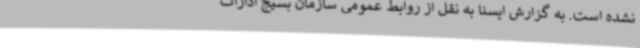
نشده است. به گزارش ایسنا به نقل از روابط عمومی سازمان بسیج ادارات